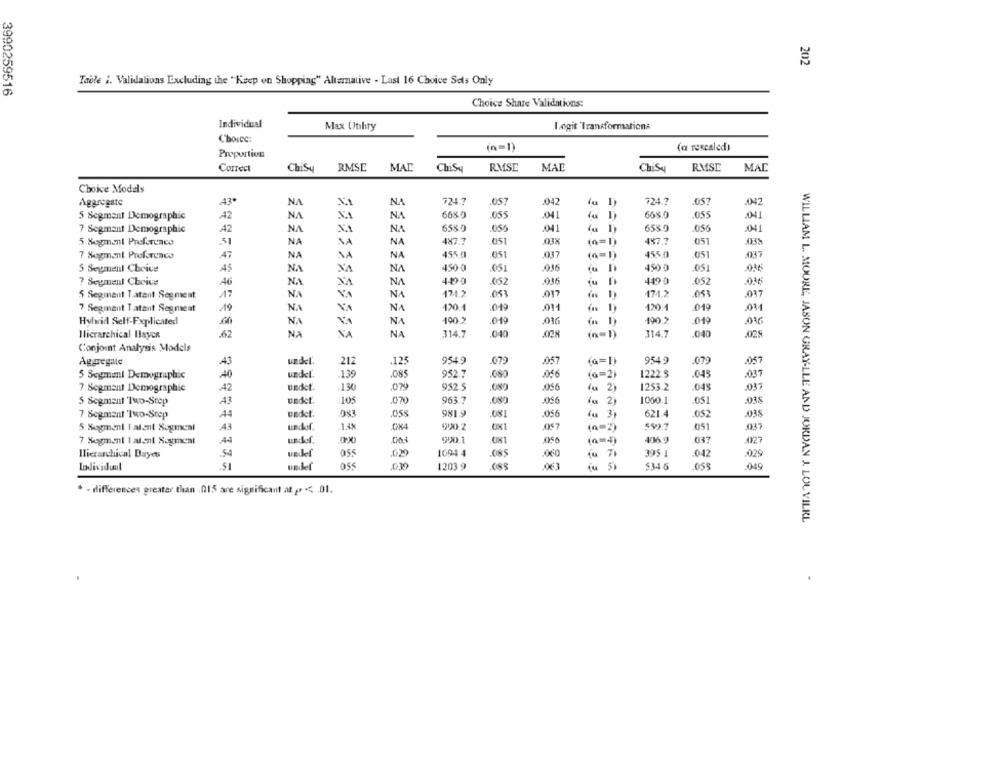
202
Table i. Validations Excluding the "Keep on Shopping" Altemative - Last 16 Choice Sets Only
3990259516
Choice Share Validations:
Individual
Max Utility
Logit Transformations
Choice:
(=1)
(a rescaled)
Proportion
Correct
ChiSy
RMSE
MAD
ChiSa
RMSC
MAD
ChiSy
RMSL
MAD
Choice Models
Aggregate
43
NA
NA
724.7
.057
.42
724.7
057
-042
668.0
.05$
668.0
5 Segment Demographic
42
NA
NA
.041
055
.041
7 Segment Demographic
42
NA
NA
658.9
055
.041
658.0
.056
-041
5 Segment Preference
NA
NA
4×7.7
051
.03X
(=1)
447.7
051
038
7 Segment Prefereaco
47
NA
NA
455.0
051
037
(n=1)
455.0
051
037
N.A
NA
450 0
.051
.036
450 0
.036
5 Segment Cheive
45
7 Segment Choice
A6
NA
2016
4490
052
.036
NA
NA
052
5 Segment Tatant Segment
12
NA
NA
171.2
.053
.017
171.2
017
7 Segment Tatant Segment
NA
NA
120.1
01
011
120.4
019
100 2
190.2
019
Hybrid Self-Fxplicated
NA
NA
.019
.076
Hierarchical Hayer
.62
NA
NA
314.7
040
in -
314.7
040
.029
Conjoint Analysis Models
Aggregate
43
212
.125
9549
.079
J05
(a=1)
9549
.079
.057
139
.085
952 7
.086
1222.5
045
.037
5 Segment Demographic
40
.080
(a=2)
7 Segment Demographic
42
130
079
952 5
.056
2
1253.2
.04S
.037
5 Segment Tuo-Step
A3
undet.
105
.070
963.7
.056
(u 2)
1060.1
.051
.035
7 Segment Tuo-Step
.44
981.9
081
.056
(u 3)
621.4
.052
-038
43
990.2
057
599.7
051
5 Segmanl I alent Segment
(=2)
7 Segment Latent Sogmeal
990.1
(n=4)
406.9
037
027
Hierarchical Dayets
54
1094 4
.060
71
395 1
.042
.029
Lodividuul
1111
1203 9
5
534 6
.058
.049
. - differences greater than . 015 are significant at p < 01.
WILLIAM L. MOORE, JASON GRAY-LLE AND JORDAN J. LOL VILRL